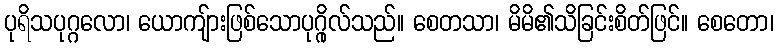
ပုရိသပုဂ္ဂလော၊ ယောကျ်ားဖြစ်သောပုဂ္ဂိုလ်သည်။ စေတသာ၊ မိမိ၏သိခြင်းစိတ်ဖြင်။ စေတော၊